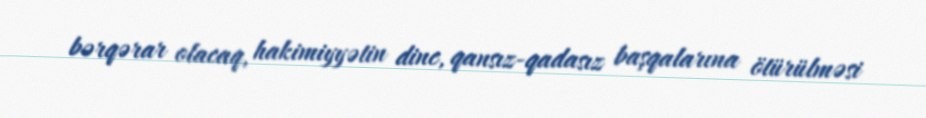
bərqərar olacaq, hakimiyyətin dinc, qansız-qadasız başqalarına ötürülməsi